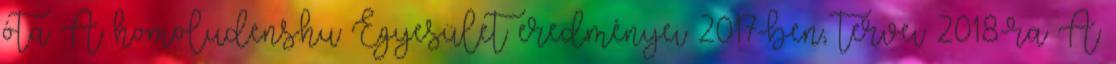
óta A homoludens.hu Egyesület eredményei 2017-ben, tervei 2018-ra A